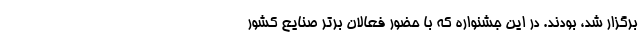
برگزار شد، بودند. در این جشنواره که با حضور فعالان برتر صنایع کشور